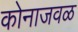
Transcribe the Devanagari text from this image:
कोनाजवळ